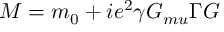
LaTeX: M = m _ { 0 } + i e ^ { 2 } \gamma G _ { m u } \Gamma \cal G